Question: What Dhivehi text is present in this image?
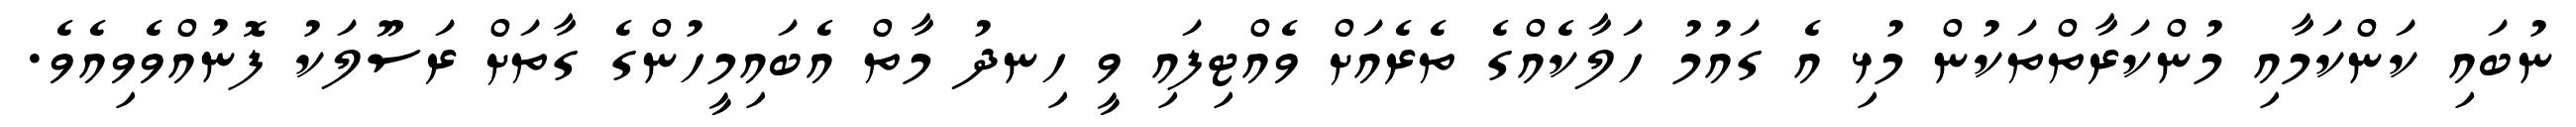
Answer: ނުބައި ކަންކަމާއި މުންކަރާތްތަކުން މުޅި އެ ގައުމު ހަލާކެއްގެ ތެރެއަށް ވެއްޓިފައި ވީ ހިނދު މާތް އެބައިމީހުންގެ ގާތަށް ރަސޫލަކު ފޮނުއްވެވިއެވެ.